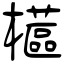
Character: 櫙